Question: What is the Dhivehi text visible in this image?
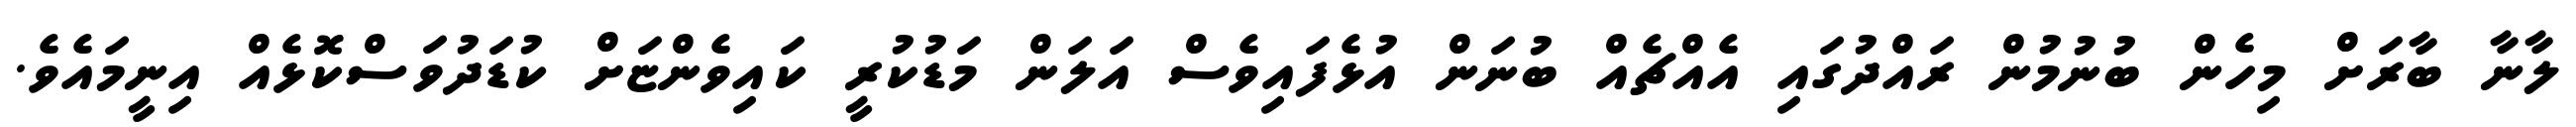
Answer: ލާނާ ބާރަށް މިހެން ބުނުމުން ރައްދުގައި އެއްޗެއް ބުނަން އުޅެފައިވެސް އަލަން މަޑުކުރީ ކައިވެންޏަށް ކުޑަދުވަސްކޮޅެއް އިނީމައެވެ.